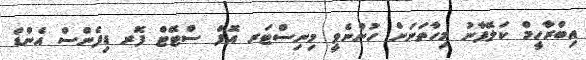
އިބްރާހީމް ކަލޭފާނު މިހާތަނަށް ހުންނެވީ މިނިސްޓަރ އޮފް ސްޓޭޓް ފޮރ ޑިފެންސް އެންޑް